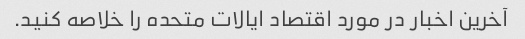
آخرین اخبار در مورد اقتصاد ایالات متحده را خلاصه کنید.